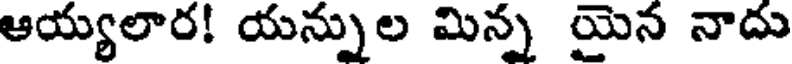
ఆయ్యలార! యన్నుల మిన్న యైన నాదు